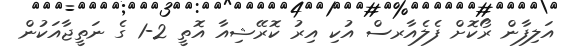
އަލިފާން ރޯކޮށް ފެލެއާރސް އުކި އިރު ކޮރޭޝިއާ އޮތީ 2-1 ގެ ނަތީޖާއަކުން